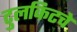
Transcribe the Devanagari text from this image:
टुलकिटचे